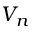
V _ { n }